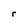
Character: r